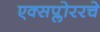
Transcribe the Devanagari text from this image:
एक्सप्लोररचे